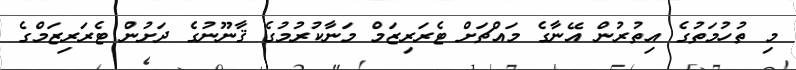
މި ތުހުމަތުގެ އިތުރުން އޭނާގެ މައްޗަށް ޓެރަރިޒަމް މަނާކުރުމުގެ ޤާނޫނުގެ ދަށުން ޓެރަރިޒަމްގެ